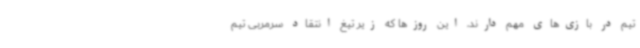
تیم در بازی‌های مهم دارند، این روزها که زیر تیغ انتقاد سرمربی تیم